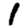
Digit: 1